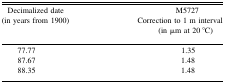
| Decimalized date(in years from 1900) | M5727 Correction to 1 m interval(in μm at 20 °C) |
 | --- | --- |
 | 77.77 | 1.35 |
 | 87.67 | 1.48 |
 | 88.35 | 1.48 |